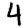
Digit: 4